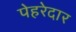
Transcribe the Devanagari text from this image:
पेहरेदार